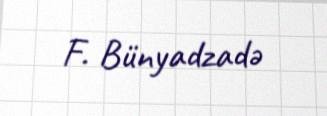
F. Bünyadzadə